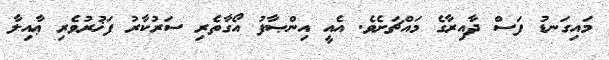
މައިގަނޑު ފަސް ދާއިރާގެ މައްޗަށެވެ. އެއީ އިންޞާފު އޯގާތެރި ސަރުކާރު ފަޚުރުވެރި ޢާއިލާ